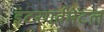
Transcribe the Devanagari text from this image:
इंटरगर्वमेंटल